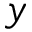
y